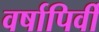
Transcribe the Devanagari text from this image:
वर्षापिर्वी